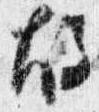
故